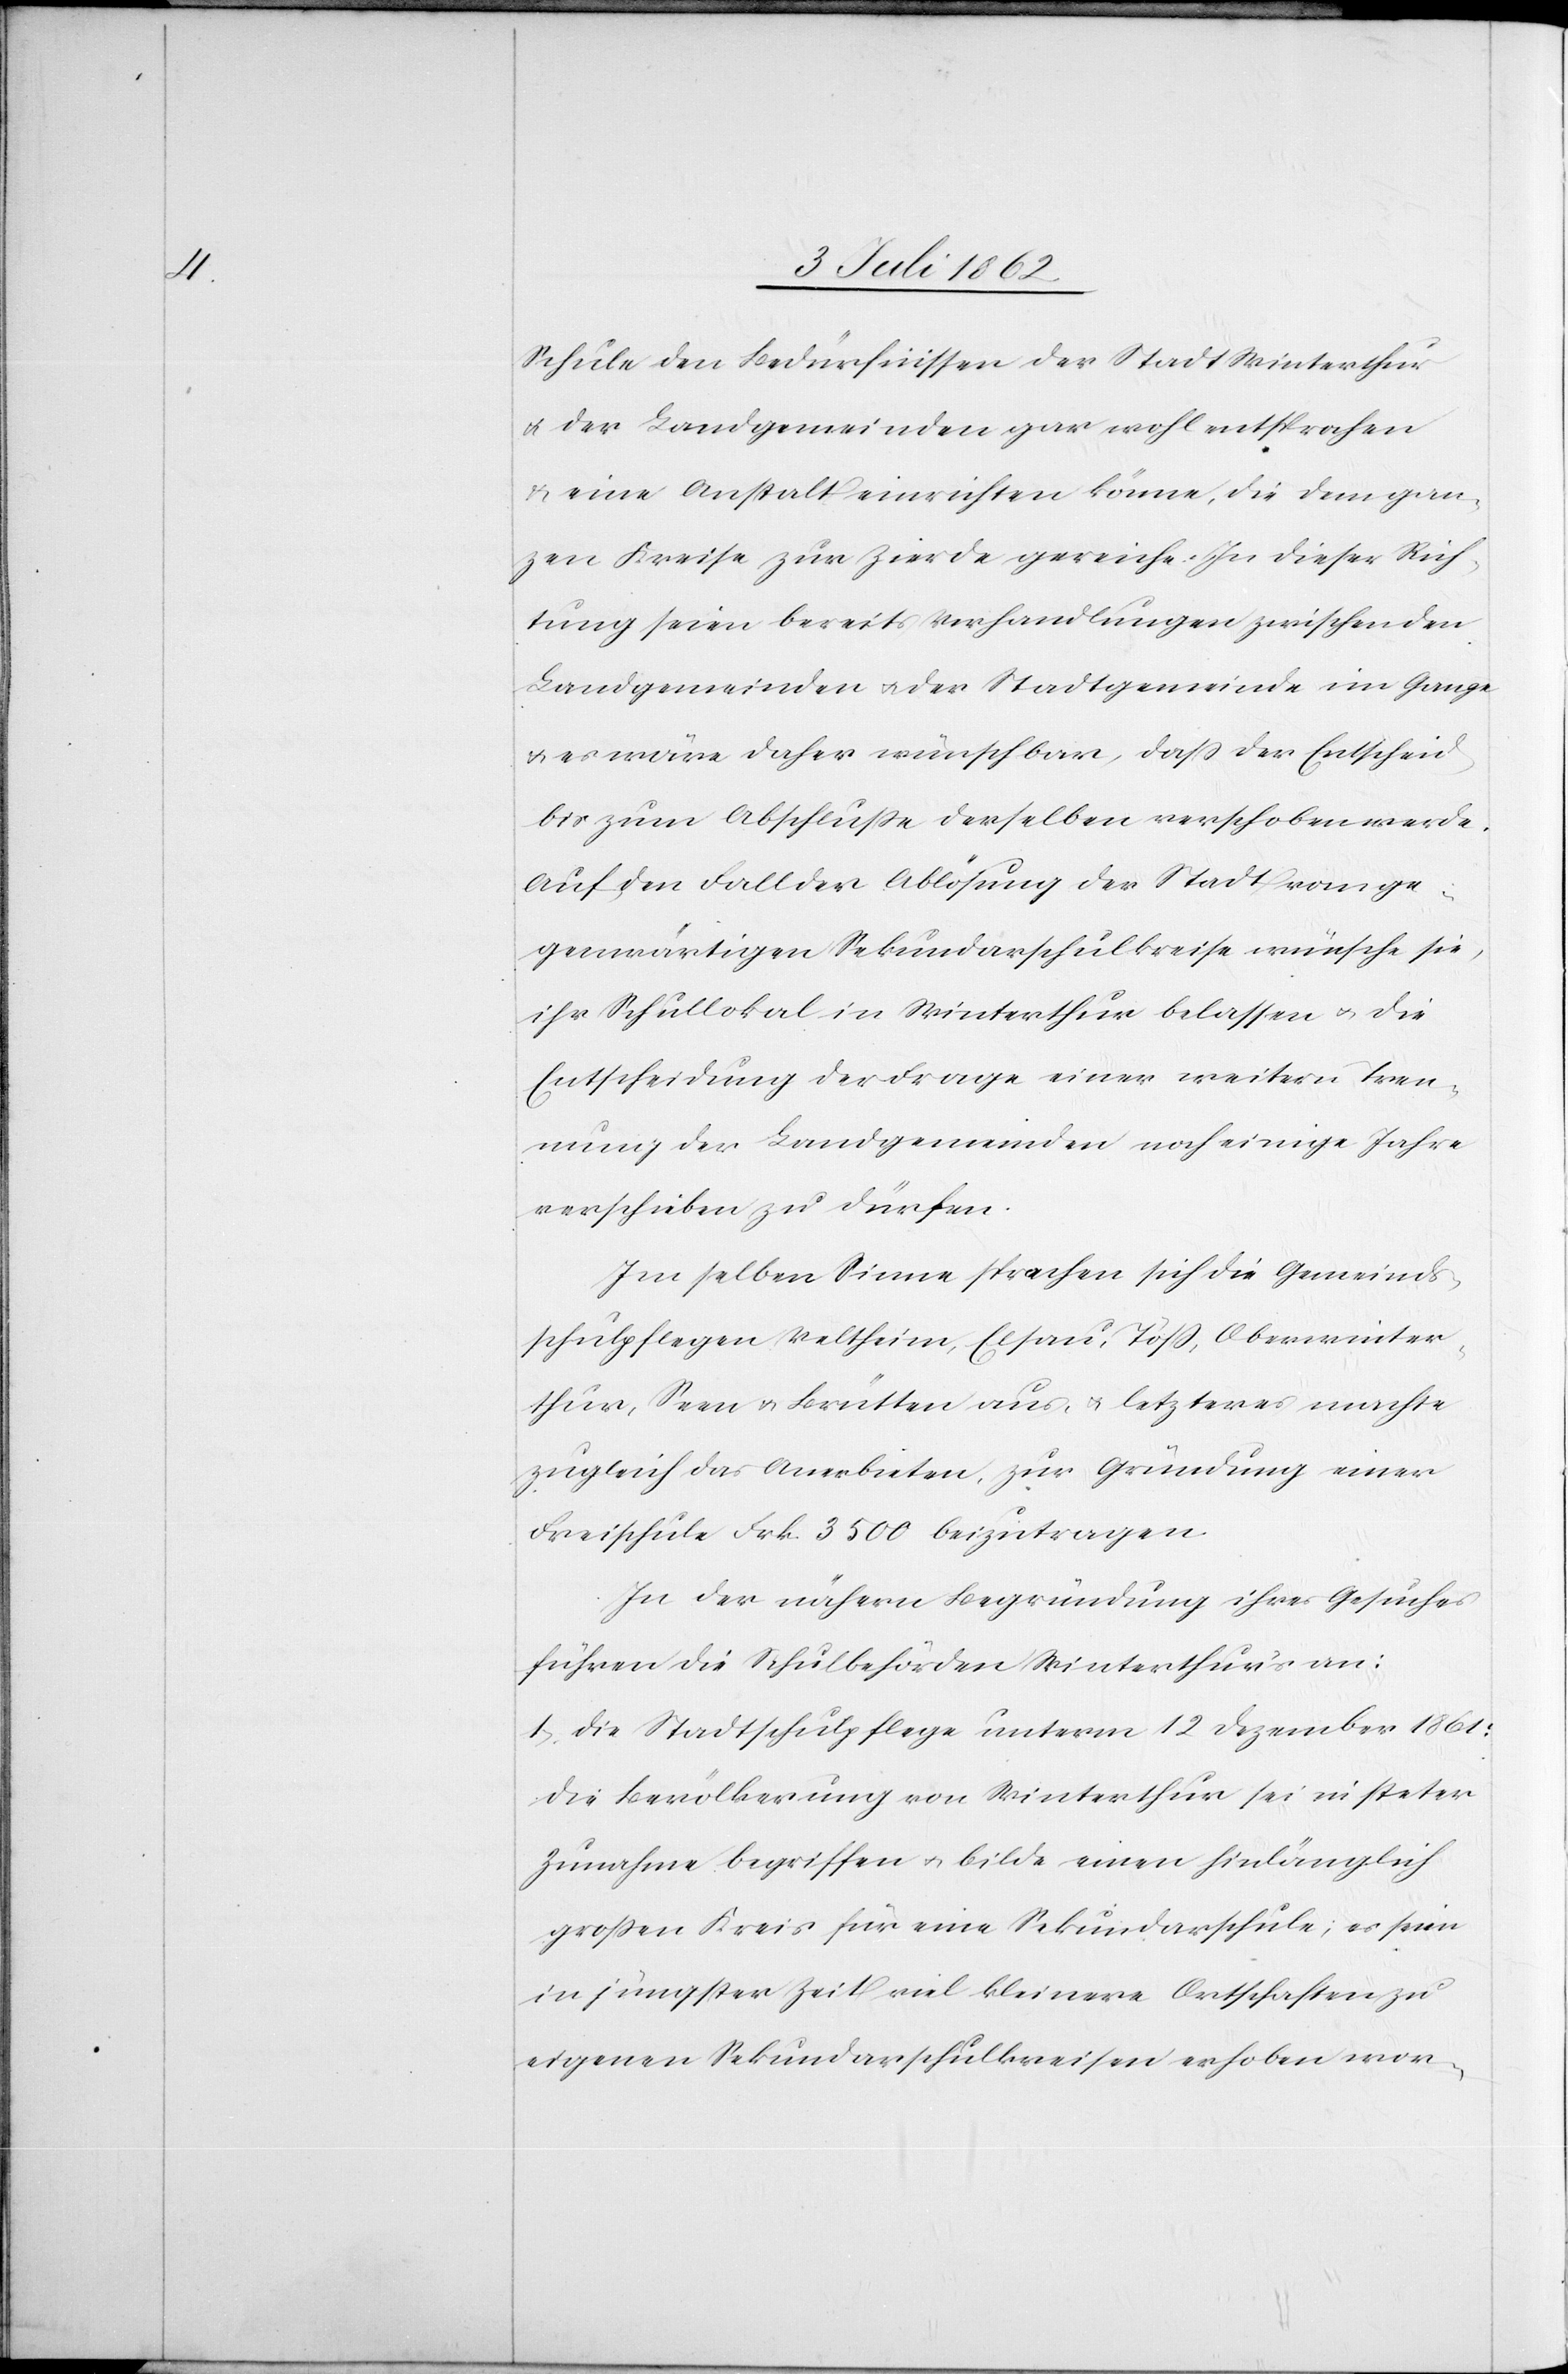
Schule den Bedürfnissen der Stadt Winterthur
u. der Landgemeinden gar wohl entsprochen
u. eine Anstalt einrichten könne, die dem gan¬
zen Kreise zur Zierde gereiche. In dieser Rich¬
tung seien bereits Verhandlungen zwischen den
Landgemeinden u. der Stadtgemeinde im Gange
u. es wäre daher wünschbar, daß der Entscheid
bis zum Abschlusse derselben verschoben werde.
Auf den Fall der Ablösung der Stadt vom ge¬
genwärtigen Sekundarschulkreise wünsche sie
ihr Schullokal in Winterthur belassen u. die
Entscheidung der Frage einer weitern Tren¬
nung der Landgemeinden noch einige Jahre
verschieben zu dürfen.
Im selben Sinne sprachen sich die Gemeinds¬
schulpflegen Veltheim, Elsau, Töß, Oberwinter¬
thur, Seen u. Brütten aus, u. letzteres machte
zugleich das Anerbieten, zur Gründung einer
Freischule Frk. 3500 beizutragen.
In der nähern Begründung ihres Gesuches
führen die Schulbehörden Winterthur’s an:
1. Die Stadtschulpflege unterm 12 Dezember 1861:
Die Bevölkerung von Winterthur sei in steter
Zunahme begriffen u. bilde einen hinlänglich
großen Kreis für eine Sekundarschule; es seien
in jüngster Zeit viel kleinere Ortschaften zu
eigenen Sekundarschulkreisen erhoben wor-